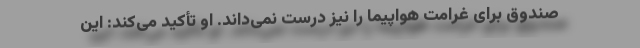
صندوق برای غرامت هواپیما را نیز درست نمی‌داند. او تأكید می‌كند: این